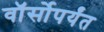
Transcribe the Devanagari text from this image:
वॉर्सोपर्यंत